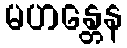
မဟန္တေန